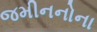
જમીનનોના